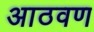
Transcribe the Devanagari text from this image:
अाठवण